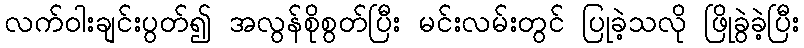
လက်ဝါးချင်းပွတ်၍ အလွန်စိုစွတ်ပြီး မင်းလမ်းတွင် ပြုခဲ့သလို ဖြိုခွဲခဲ့ပြီး